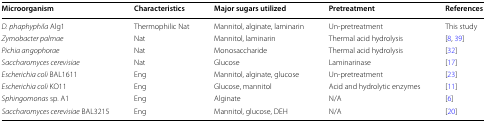
<table><thead><tr><td><b>Microorganism</b></td><td><b>Characteristics</b></td><td><b>Major sugars utilized</b></td><td><b>Pretreatment</b></td><td><b>References</b></td></tr></thead><tbody><tr><td><i>D. phaphyphila</i> Alg1</td><td>Thermophilic Nat</td><td>Mannitol, alginate, laminarin</td><td>Un-pretreatment</td><td>This study</td></tr><tr><td><i>Zymobacter palmae</i></td><td>Nat</td><td>Mannitol, laminarin</td><td>Thermal acid hydrolysis</td><td>[8, 39]</td></tr><tr><td><i>Pichia angophorae</i></td><td>Nat</td><td>Monosaccharide</td><td>Thermal acid hydrolysis</td><td>[32]</td></tr><tr><td><i>Saccharomyces cerevisiae</i></td><td>Nat</td><td>Glucose</td><td>Laminarinase</td><td>[17]</td></tr><tr><td><i>Escherichia coli</i> BAL1611</td><td>Eng</td><td>Mannitol, alginate, glucose</td><td>Un-pretreatment</td><td>[23]</td></tr><tr><td><i>Escherichia coli</i> KO11</td><td>Eng</td><td>Glucose, mannitol</td><td>Acid and hydrolytic enzymes</td><td>[11]</td></tr><tr><td><i>Sphingomonas</i> sp. A1</td><td>Eng</td><td>Alginate</td><td>N/A</td><td>[6]</td></tr><tr><td><i>Saccharomyces cerevisiae</i> BAL3215</td><td>Eng</td><td>Mannitol, glucose, DEH</td><td>N/A</td><td>[20]</td></tr></tbody></table>